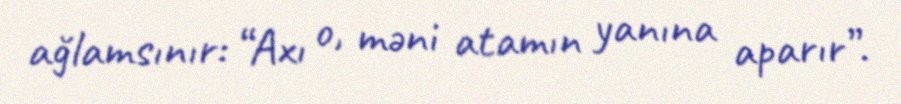
ağlamsınır: “Axı o, məni atamın yanına aparır”.